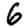
Digit: 6